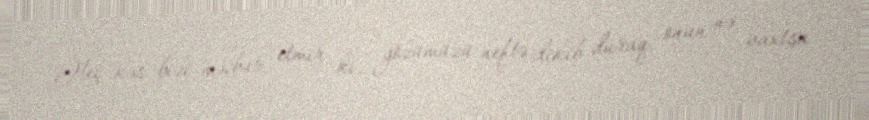
Heç kəs bizi məcbur etmir ki, gözümüzü neftə dikib duraq, onun nə vaxtsa